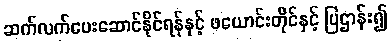
ဆက်လက်ပေးဆောင်နိုင်ရန်နှင့် ဖယောင်းတိုင်နှင့် ပြဌာန်း၍